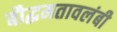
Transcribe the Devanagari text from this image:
बौद्धमतावलंबी